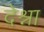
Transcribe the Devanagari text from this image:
देश्ना